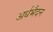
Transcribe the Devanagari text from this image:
अर्धभैदन